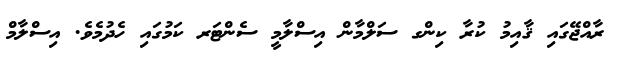
ރާއްޖޭގައި ޤާއިމު ކުރާ ކިންގ ސަލްމާން އިސްލާމީ ސެންޓަރ ކަމުގައި ހެދުމެވެ. އިސްލާމް